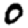
Digit: 0